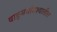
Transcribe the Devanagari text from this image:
वाङ्‌मयविश्‍वातील